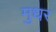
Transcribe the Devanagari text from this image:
मुधर